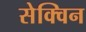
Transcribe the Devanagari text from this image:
सेक्विन